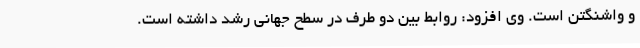
و واشنگتن است. وی افزود: روابط بین دو طرف در سطح جهانی رشد داشته است.